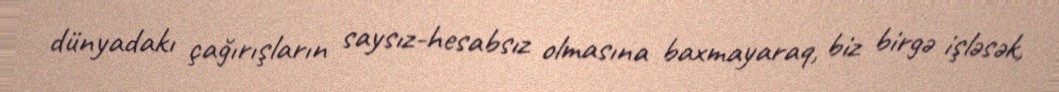
dünyadakı çağırışların saysız-hesabsız olmasına baxmayaraq, biz birgə işləsək,